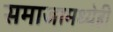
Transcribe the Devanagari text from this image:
समाजामध्येही